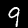
Digit: 9